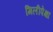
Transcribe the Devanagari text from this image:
मिलीपेक्षा